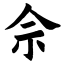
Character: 佘